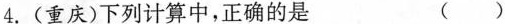
4.(重庆)下列计算中，正确的是 ()